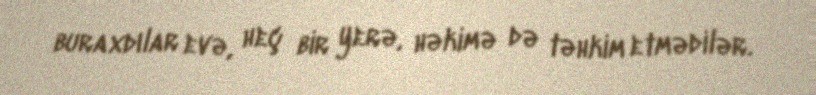
buraxdılar evə, heç bir yerə, həkimə də təhkim etmədilər.